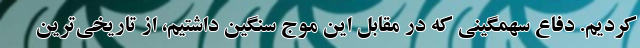
کردیم. دفاع سهمگینی که در مقابل این موج سنگین داشتیم، از تاریخی‌ترین